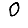
Digit: 0